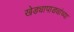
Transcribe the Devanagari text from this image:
खेड्यापाड्यांच्या